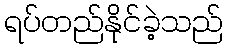
ရပ်တည်နိုင်ခဲ့သည်